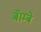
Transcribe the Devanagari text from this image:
बॅाम्बे